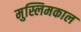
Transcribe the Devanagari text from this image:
मुस्लिमकाल